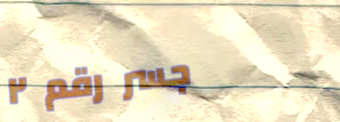
جسر رقم ٢